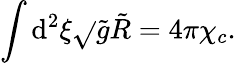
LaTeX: \int{\mathrm{d}^{2}}\xi\sqrt{}{{\tilde{{g}}}}\tilde{{R}}=4\pi{\chi_{c}}.